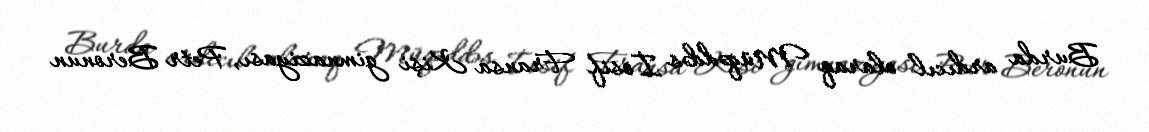
Burda ardıcıl olaraq Müqəddəs İosif Fransa Kişi gimnaziyası, Petr Beronun